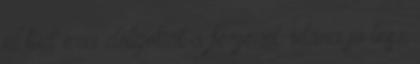
el tud érni dolgokat a férjénél. utána jó lesz